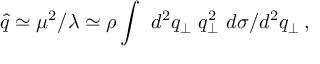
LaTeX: \hat { q } \simeq \mu ^ { 2 } / \lambda \simeq \rho \int ~ d ^ { 2 } q _ { \perp } ~ q _ { \perp } ^ { 2 } ~ d \sigma / d ^ { 2 } q _ { \perp } \, ,